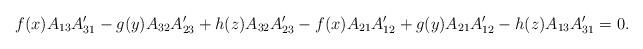
LaTeX: \begin{align*}f(x)A_{13}A\sp\prime_{31}-g(y)A_{32}A\sp\prime_{23}+h(z)A_{32}A\sp\prime_{23}-f(x)A_{21}A\sp\prime_{12}+g(y)A_{21}A\sp\prime_{12}-h(z)A_{13}A\sp\prime_{31}=0.\end{align*}